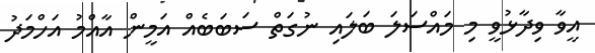
އީވާ ވިދާޅުވީ މި މައްސަލަ ބަލައި ނުގަތް ސަބަބެއް އަމީން އާއްމު އަހްމަދު